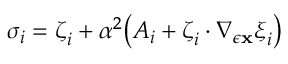
\boldsymbol { \sigma } _ { i } = \boldsymbol { \zeta } _ { i } + \alpha ^ { 2 } \big ( \boldsymbol { A } _ { i } + \boldsymbol { \zeta } _ { i } \cdot \nabla _ { \epsilon { \mathbf { x } } } \boldsymbol { \xi } _ { i } \big )